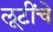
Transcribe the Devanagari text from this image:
लूटींचे